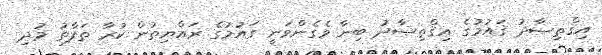
އިޤްތިޞާދު ޤައުމުގެ އިޤްތިޞާދު ބިނާ ވެގެންވަނީ ގައުމުގެ ރައްޔިތުން ކުރާ ތަފާތު މުދި